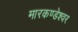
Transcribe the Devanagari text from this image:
मारकण्डेश्वर